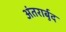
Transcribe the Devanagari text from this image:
अंतरार्बुद